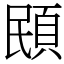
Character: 䪸